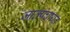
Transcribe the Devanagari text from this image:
जातपंचायत